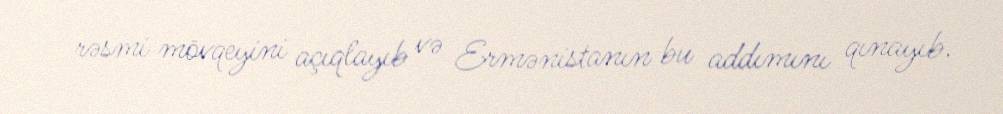
rəsmi mövqeyini açıqlayıb və Ermənistanın bu addımını qınayıb.